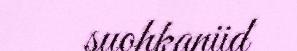
suohkaniid